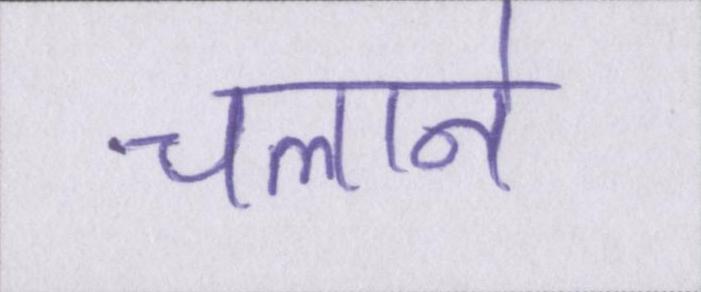
चलाने